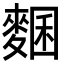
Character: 𪍁